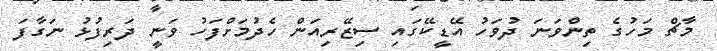
މާޗް މަހުގެ ތިންވަނަ ދުވަހު އޭޑީކޭގައި ސިޒޭރިއަން ހެދުމަށްފަހު ވަނީ ދަރިފުޅު ނަގާފަ